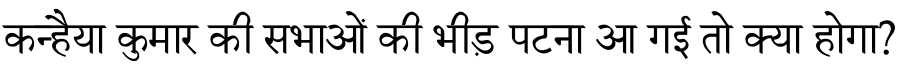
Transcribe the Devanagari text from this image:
कन्हैया कुमार की सभाओं की भीड़ पटना आ गई तो क्या होगा?